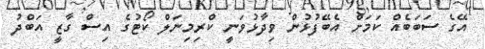
އޭގެ ސަބަބެއް ކަމަށް އެބޭފުޅުން ވިދާޅުވަނީ ކްރިމިނަލް ކޯޓުގެ އިސް ގާޒީ އަބްދު